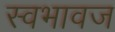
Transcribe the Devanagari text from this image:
स्वभावज